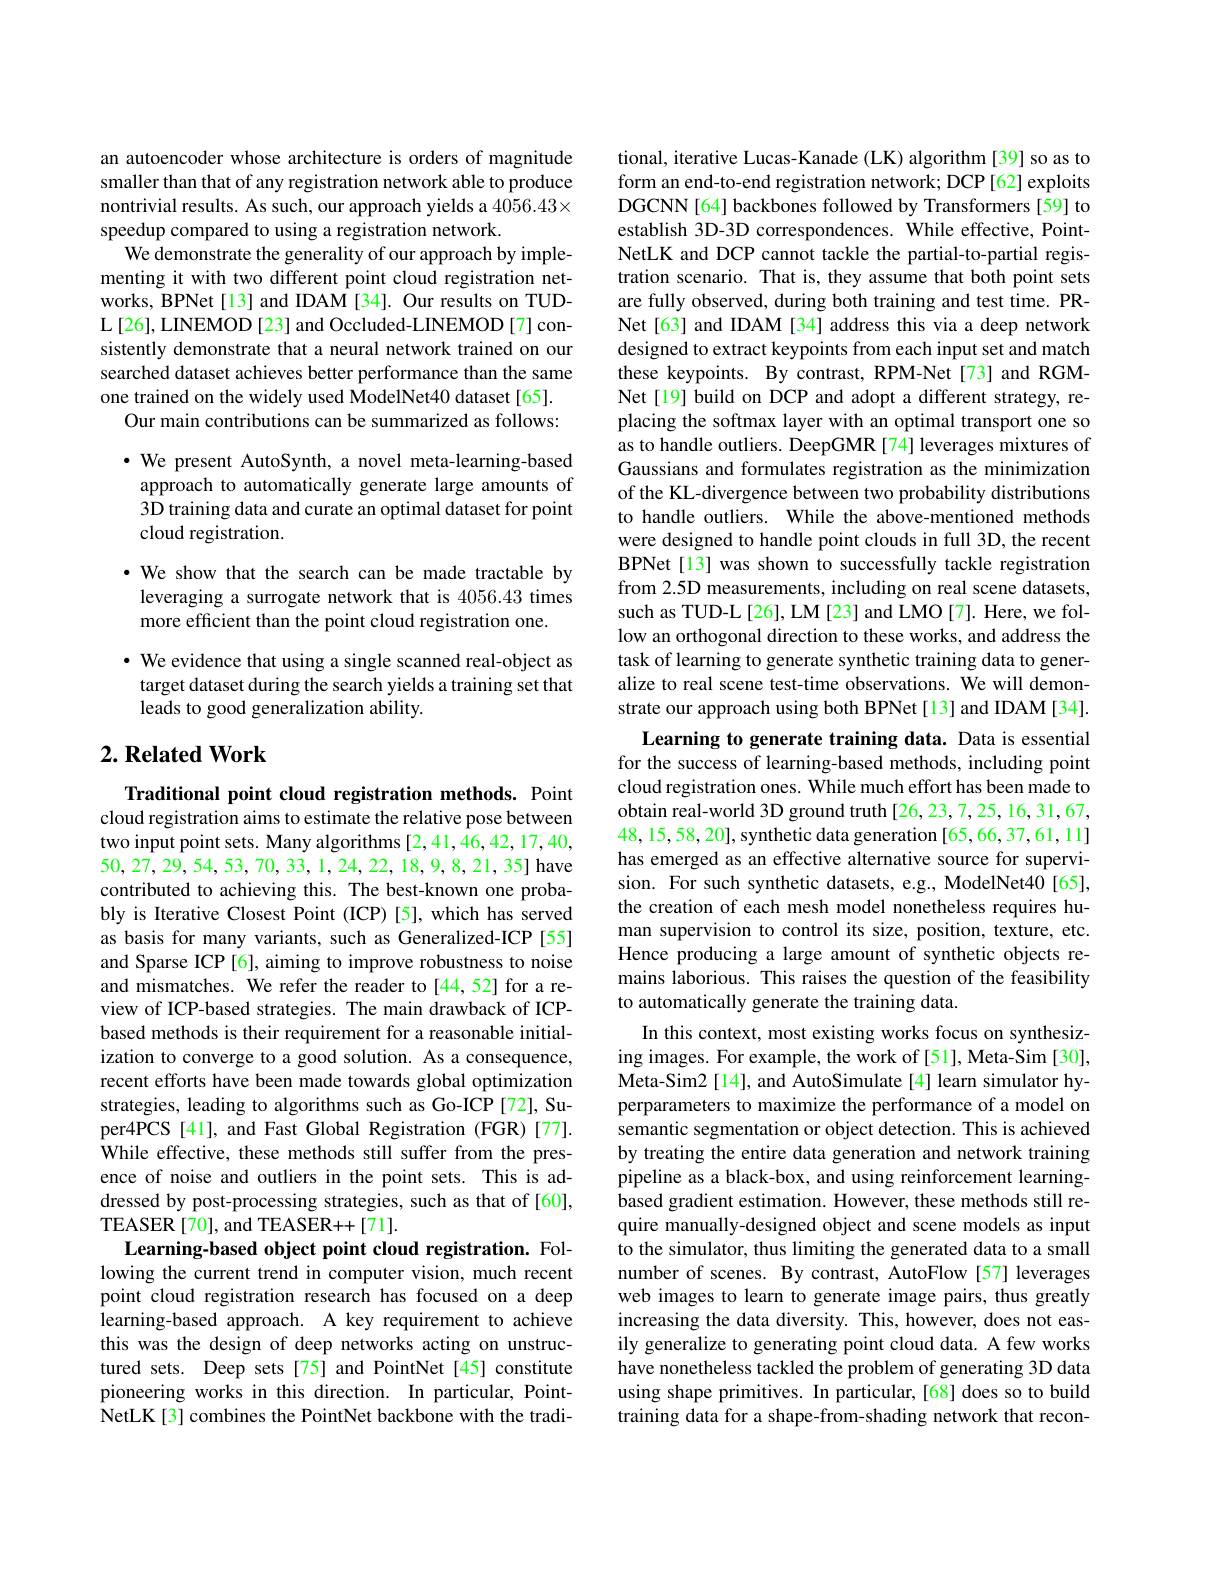
an autoencoder whose architecture is orders of magnitude smaller than that of any registration network able to produce nontrivial results. As such, our approach yields a $4056.43\times$ speedup compared to using a registration network.
We demonstrate the generality of our approach by implementing it with two different point cloud registration networks, BPNet[13] and IDAM [34]. Our results on TUD- $\mathcal{L}\left[26\right]$,LINEMOD [23] and Occluded-LINEMOD [7] consistently demonstrate that a neural network trained on our searched dataset achieves better performance than the same one trained on the widely used ModelNet40 dataset[65].
Our main contributions can be summarized as follows:

$\cdot$ We present AutoSynth, a novel meta-learning-based

approach to automatically generate large amounts of

3D training data and curate an optimal dataset for point

cloud registration.

·We show that the search can be made tractable by leveraging a surrogate network that is 4056.43 times more efficient than the point cloud registration one.

· We evidence that using a single scanned real-object as target dataset during the search yields a training set that leads to good generalization ability.

## $2. \textbf{Related Work}$

Traditional point cloud registration methods. Point cloud registration aims to estimate the relative pose between two input point sets. Many algorithms [2,41,46,42,17,40, 50,27,29,54,53,70,33,1,24,22,18,9,8,21,35] have contributed to achieving this. The best-known one probably is Iterative Closest Point (ICP)[5],which has served as basis for many variants, such as Generalized-ICP [55] and Sparse ICP [6], aiming to improve robustness to noise and mismatches. We refer the reader to [44,52] for a review of ICP-based strategies. The main drawback of ICPbased methods is their requirement for a reasonable initialization to converge to a good solution. As a consequence, recent efforts have been made towards global optimization strategies, leading to algorithms such as Go-ICP [72], Super4PCS [41], and Fast Global Registration (FGR)[77]. $\hat{W}$hile effective, these methods still suffer from the pres- ence of noise and outliers in the point sets. This is addressed by post-processing strategies, such as that of [60], TEASER [ 70] , and TEASER+ + [ 71] .
Learning-based object point cloud registration. Following the current trend in computer vision, much recent point cloud registration research has focused on a deep learning-based approach. A key requirement to achieve this was the design of deep networks acting on unstructured sets. Deep sets[75] and PointNet[45] constitute pioneering works in this direction. In particular, PointNetLK[3] combines the PointNet backbone with the tradi-

tional, iterative Lucas-Kanade (LK) algorithm [39] so as to form an end-to-end registration network; DCP[62] exploits DGCNN [64] backbones followed by Transformers [59] to establish 3D-3D correspondences. While effective, PointNetLK and DCP cannot tackle the partial-to-partial registration scenario. That is, they assume that both point sets are fully observed, during both training and test time. PRNet[63] and IDAM [34] address this via a deep network designed to extract keypoints from each input set and match these keypoints. By contrast, RPM-Net[73] and RGMNet[19] build on DCP and adopt a different strategy, replacing the softmax layer with an optimal transport one so as to handle outliers. DeepGMR [74] leverages mixtures of Gaussians and formulates registration as the minimization of the KL-divergence between two probability distributions to handle outliers. While the above-mentioned methods were designed to handle point clouds in full 3D, the recent BPNet [13] was shown to successfully tackle registration from 2.5D measurements, including on real scene datasets, such as TUD-L[26], LM[23] and LMO[7]. Here, we follow an orthogonal direction to these works, and address the task of learning to generate synthetic training data to generalize to real scene test-time observations. We will demonstrate our approach using both BPNet[13] and IDAM[34].
Learning to generate training data. Data is essential for the success of learning-based methods, including point cloud registration ones. While much effort has been made to obtain real-world 3D ground truth [26,23,7,25,16,31,67, 48,15,58,20],synthetic data generation[65,66,37,61,11] has emerged as an effective alternative source for supervision. For such synthetic datasets, e.g., ModelNet40[65], the creation of each mesh model nonetheless requires human supervision to control its size, position, texture, etc. Hence producing a large amount of synthetic objects remains laborious. This raises the question of the feasibility to automatically generate the training data.
In this context, most existing works focus on synthesizing images. For example, the work of [51], Meta-Sim [30], Meta-Sim2[14], and AutoSimulate[4] learn simulator hyperparameters to maximize the performance of a model on semantic segmentation or object detection. This is achieved by treating the entire data generation and network training pipeline as a black-box, and using reinforcement learningbased gradient estimation. However, these methods still require manually-designed object and scene models as input to the simulator, thus limiting the generated data to a small number of scenes. By contrast, AutoFlow [57] leverages web images to learn to generate image pairs, thus greatly increasing the data diversity. This, however, does not easily generalize to generating point cloud data. A few works have nonetheless tackled the problem of generating 3D data using shape primitives. In particular, [68] does so to build training data for a shape-from-shading network that recon-